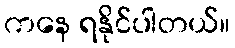
ကနေ ရနိုင်ပါတယ်။